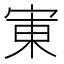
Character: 𫳒